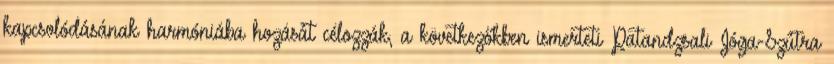
kapcsolódásának harmóniába hozását célozzák, a következőkben ismerteti Patandzsali Jóga-Szútra